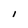
Character: I